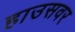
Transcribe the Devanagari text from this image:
हाउसवर